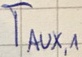
Text: TAUX,1